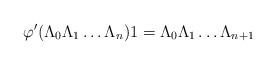
LaTeX: \begin{align*} \varphi'(\Lambda_0\Lambda_1 \dots \Lambda_n)1 = \Lambda_0\Lambda_1 \dots \Lambda_{n+1}\end{align*}